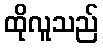
ထိုလူသည်